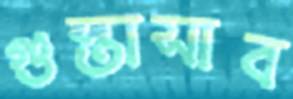
গুস্তাসাব